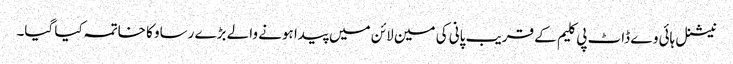
نیشنل ہائی وے ڈاٹ پی کلیم کے قریب پانی کی مین لائن میں پیدا ہونے والے بڑے رساو کا خاتمہ کیا گیا۔